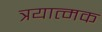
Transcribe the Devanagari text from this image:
त्रयात्मक